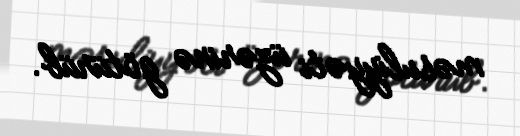
məsuliyyəti üzərinə götürüb.